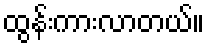
ထွန်းကားလာတယ်။